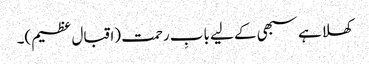
کھلا ہے سبھی کے لیے بابِ رحمت (اقبال عظیم)۔